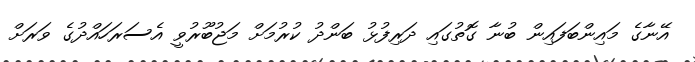
އޭނާގެ މައިންބަފައިން ބުނާ ގޮތުގައި ދަރިފުޅު ބަންދު ކުރުމަށް މަޖުބޫރުވީ އެސަރަހައްދުގެ ވަރަށް